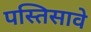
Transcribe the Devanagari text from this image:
पस्तिसावे